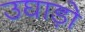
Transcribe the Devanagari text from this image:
उघाड़ो